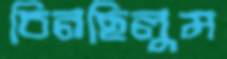
চিনছিলুম